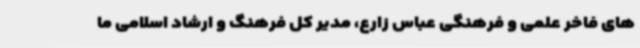
های فاخر علمی و فرهنگی عباس زارع، مدیر کل فرهنگ و ارشاد اسلامی ما